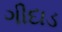
ગીદાડ